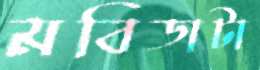
মবিডাটা